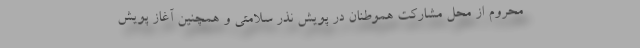
محروم از محل مشارکت هموطنان در پویش نذر سلامتی و همچنین آغاز پویش